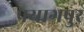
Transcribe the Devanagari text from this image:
पयागपुर